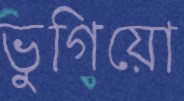
ভুগিয়ো